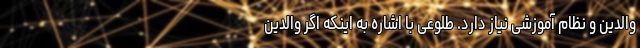
والدین و نظام آموزشی نیاز دارد. طلوعی با اشاره به اینکه اگر والدین